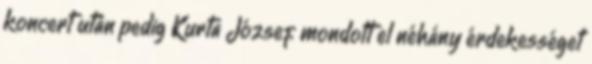
koncert után pedig Kurta József mondott el néhány érdekességet